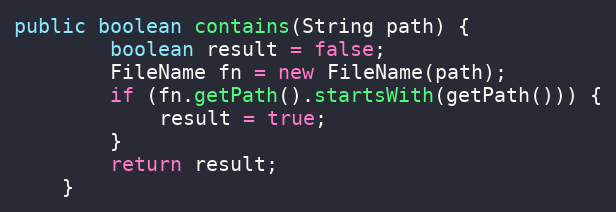
Language: Java
public boolean contains(String path) {
        boolean result = false;
        FileName fn = new FileName(path);
        if (fn.getPath().startsWith(getPath())) {
            result = true;
        }
        return result;
    }